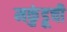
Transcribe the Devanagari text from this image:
मकुंडूची